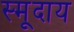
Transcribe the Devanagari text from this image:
स्मूदाय